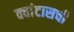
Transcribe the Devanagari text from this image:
क्वांटासची